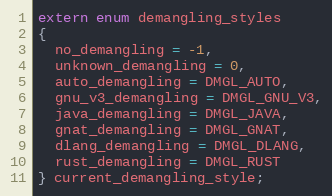
Language: C
extern enum demangling_styles
{
  no_demangling = -1,
  unknown_demangling = 0,
  auto_demangling = DMGL_AUTO,
  gnu_v3_demangling = DMGL_GNU_V3,
  java_demangling = DMGL_JAVA,
  gnat_demangling = DMGL_GNAT,
  dlang_demangling = DMGL_DLANG,
  rust_demangling = DMGL_RUST
} current_demangling_style;